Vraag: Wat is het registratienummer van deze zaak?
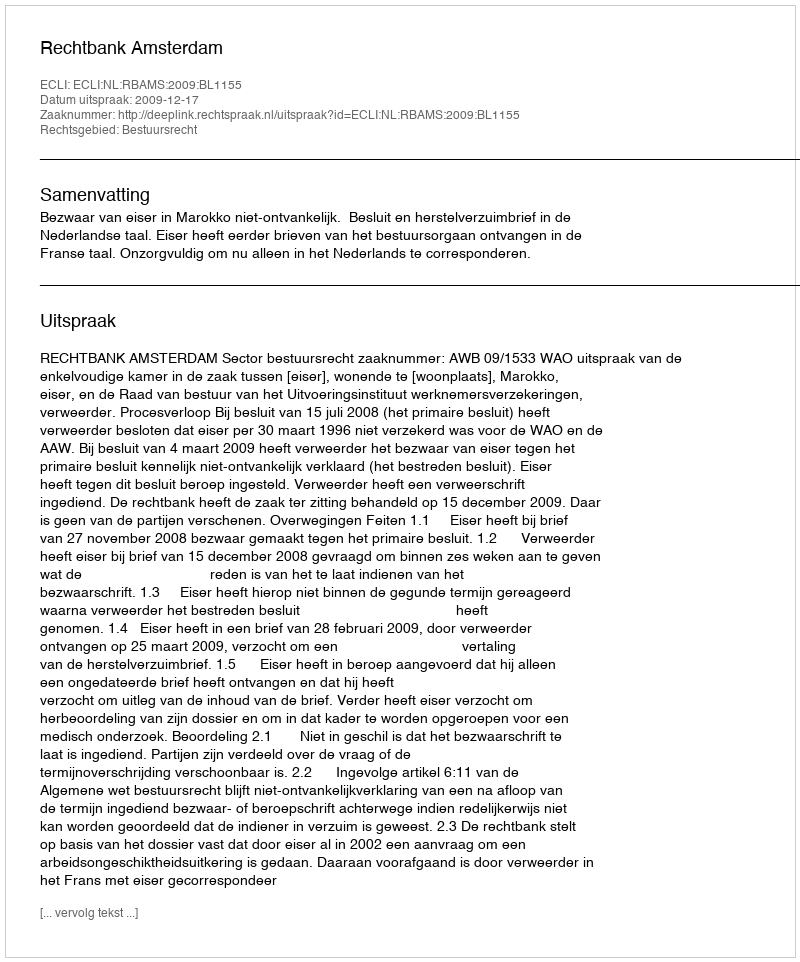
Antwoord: http://deeplink.rechtspraak.nl/uitspraak?id=ECLI:NL:RBAMS:2009:BL1155